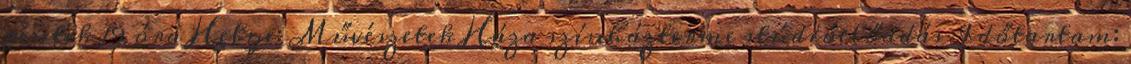
péntek 19 óra Helye: Művészetek Háza színházterme stúdióelőadás Időtartam: